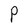
Character: P